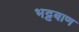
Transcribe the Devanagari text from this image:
भट्टबाण